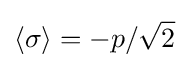
\langle \sigma \rangle =-p/{\sqrt {2}}